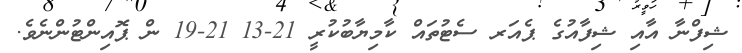
ޝިފްނާ އާއި ޝިފާއުގެ ޕެއަރ ސެޓުތައް ކާމިޔާބުކުރީ 21-13 21-19 ން ޕޮއިންޓުންނެވެ.